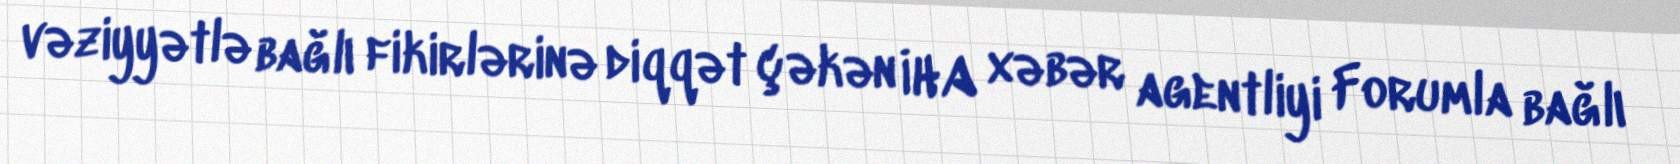
vəziyyətlə bağlı fikirlərinə diqqət çəkən İHA xəbər agentliyi Forumla bağlı